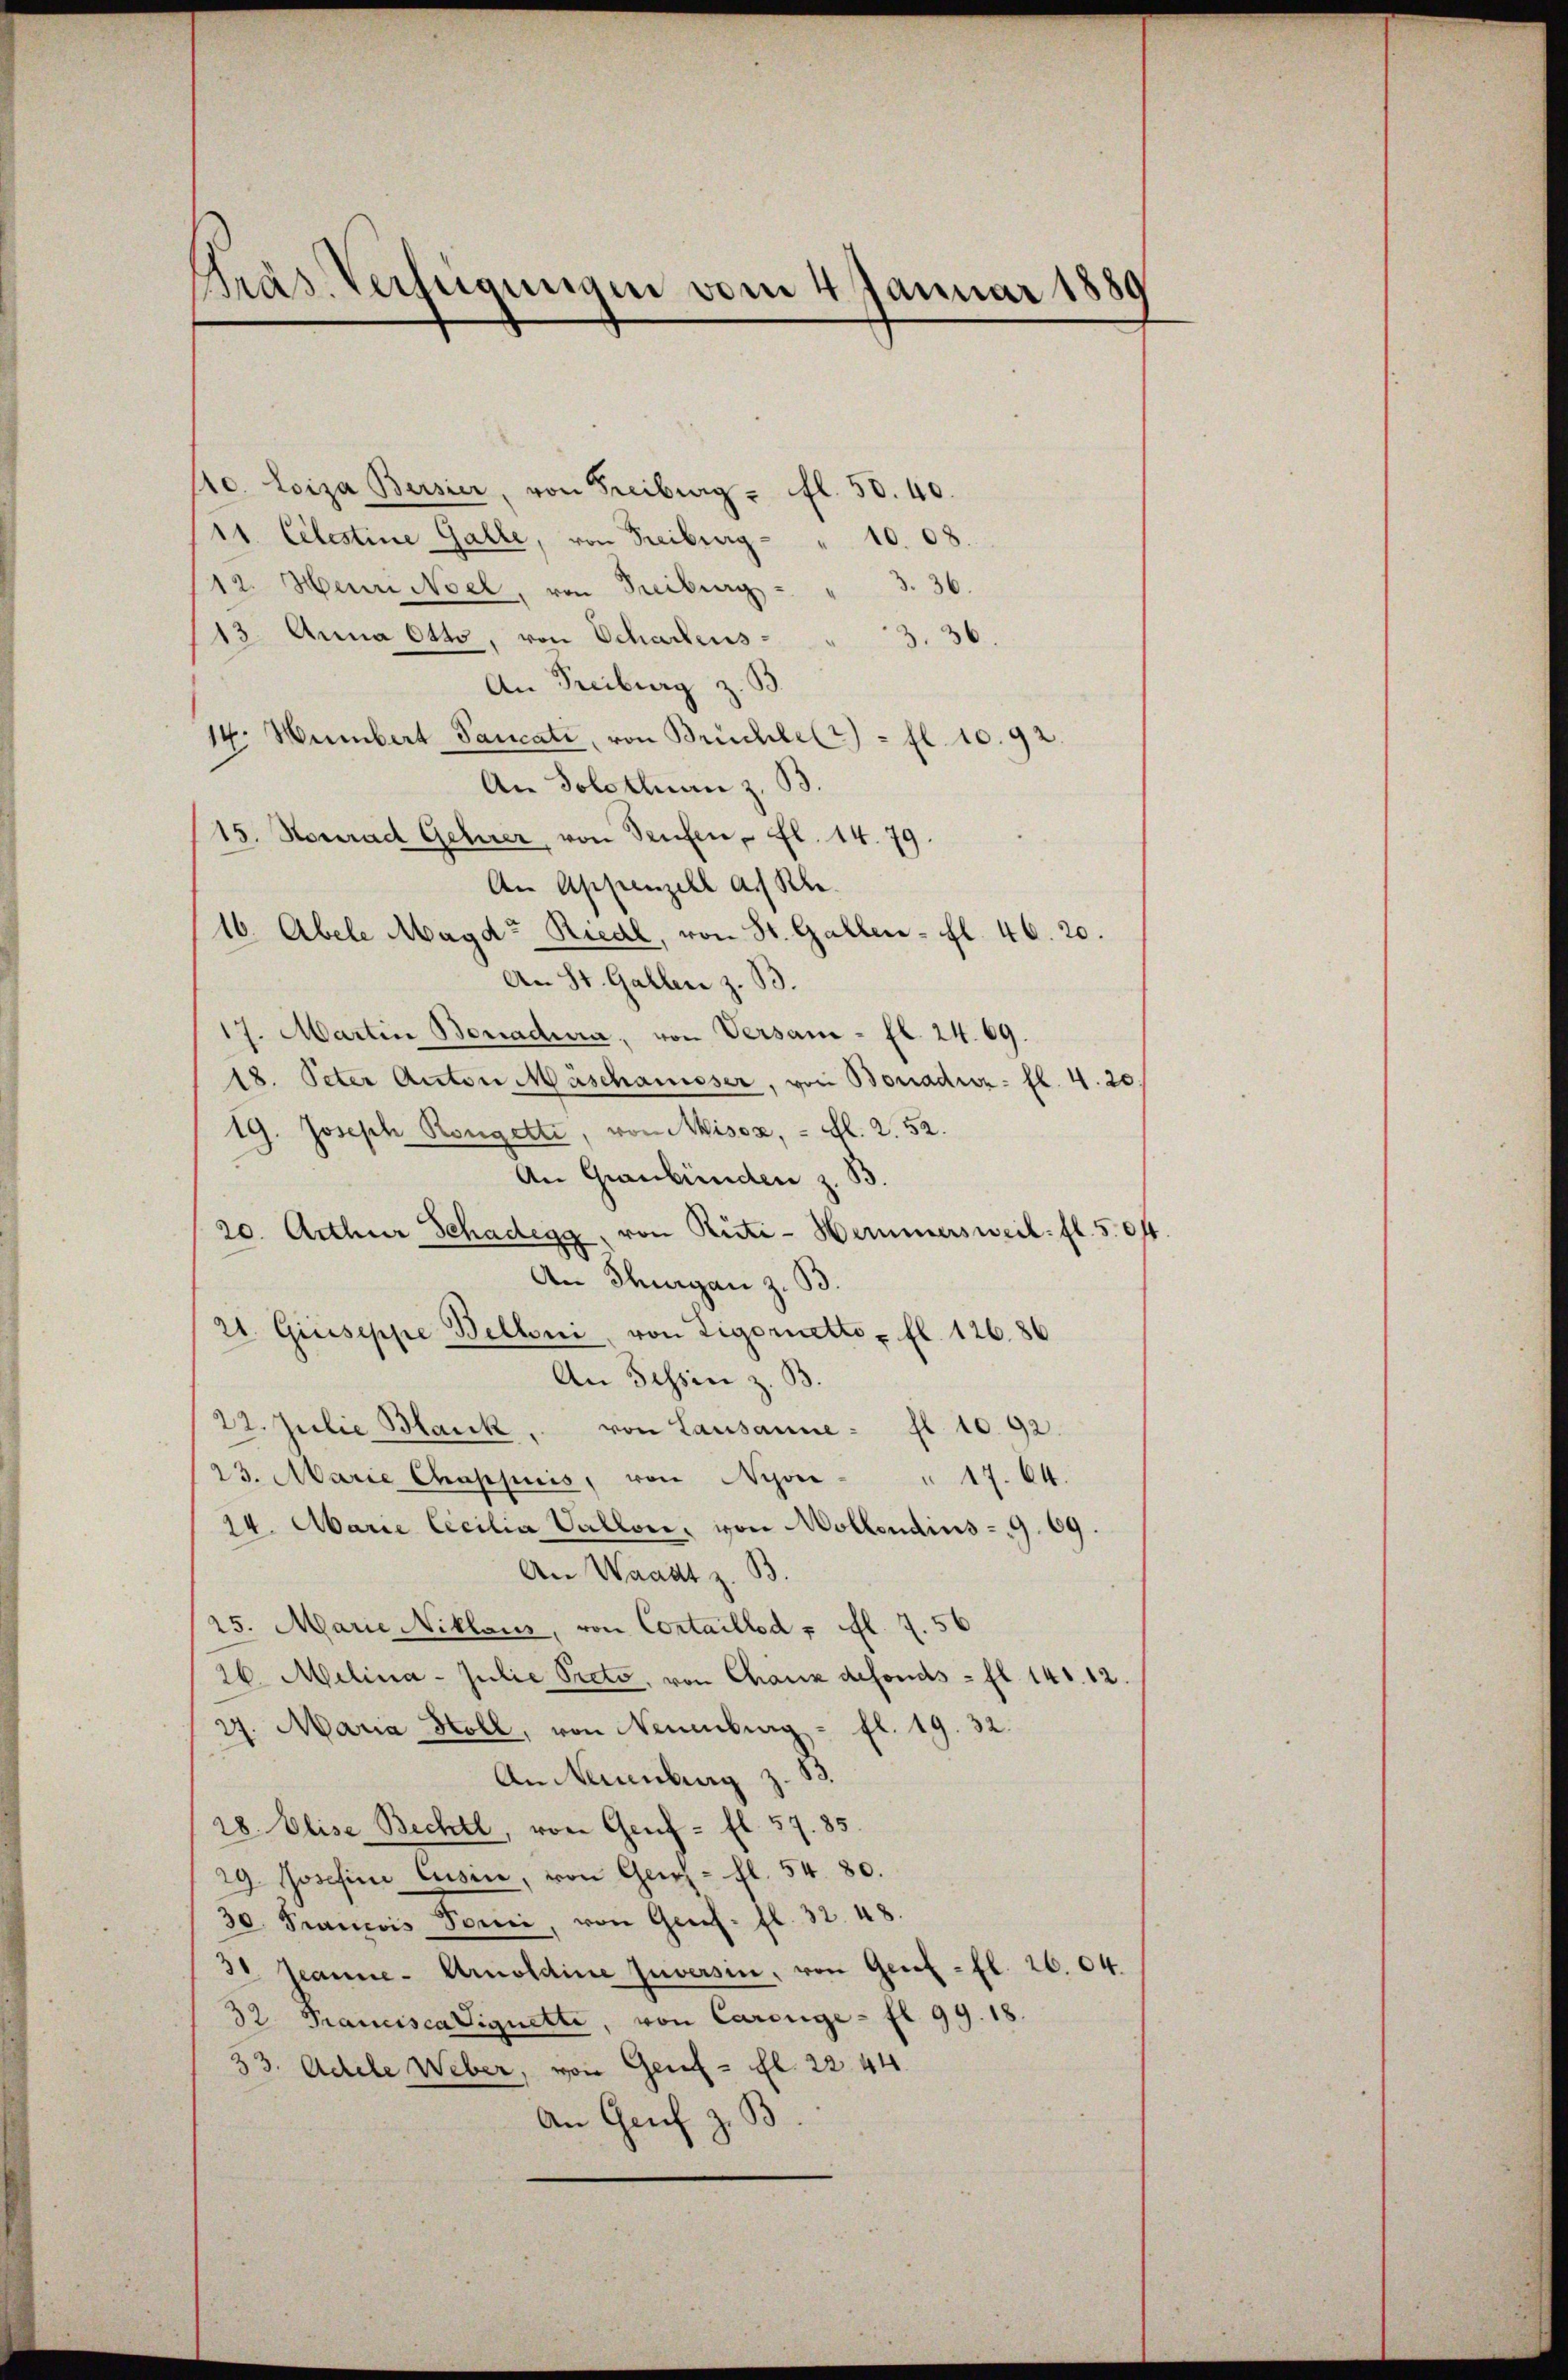
Präs. Verfügungen vom 4. Januar 1889

10. Loiza Bersier, von Freiburg - fl. 50. 40.
11. Celestine Galle, von Freiburg - " 10. 08.
3. 3
12. Henri Noel, von Treiburg-
13. Anna Otto, von Schartens¬
3. 36
An Freiburg z. B.
14. Humbert Pancati, von Brüchler) - fl. 10. 92.
An Solothurn z. B.
15. Konrad Gehrer, von Teufen, fl. 14. 79.
An Appenzell a. Rh.
16. Abele Magd- Riedl, von St. Gallen - fl. 46. 20.
An St. Gallen z. B.
17. Martin Benadia, von Versam - fl. 24. 69.
18. Peter Anton Maschanisser, von Bonadioz- fl. 4. 20
19. Joseph Rongetti, von Misox, - fl. 2. 52.
An Graubünden z. B.
20. Arthur Schadegg, von Rüti-Hemmersweil: fl. 504
An Thurgan z. B.
21. Giuseppe Belloni, von Ligoriette u. fl. 12686
An Tessin z. B.
22. Julie Mark, von Lausanne : fl. 10. 92.
23. Marie Chappiis, von Nyon " 17. 64.
24. Marie Cecilia Vallon, von Mollendius - 9. 69.
An Waadt z. B.
25. Marie Niklaus, von Cortaillod u. fl. 7. 56
26. Melina - Julie Preto, von Chaux defonds = fl. 141. 12.
27. Maria Holl, von Neuenburg - fl. 19. 32.
An Neuenburg z. B.
28 Elise Bechtl, von Genf - fl. 57. 85.
29. Josefine Cusine, von Geist - fl. 54. 80.
30. Francois Toni, von Genf. fl. 32. 48.
3 Jeanne - Arnoldine Zuversin, von Genf fl. 26. 04.
32. Francisca Vignetti, von Carolge - fl. 99. 18.
33. Adele Weber, von Geret - fl. 22. 44.
An Genf z. B